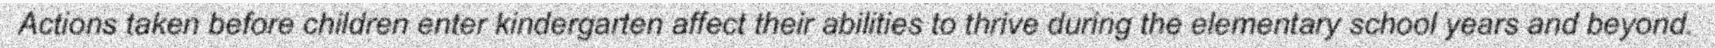
Actions taken before children enter kindergarten affect their abilities to thrive during the elementary school years and beyond.